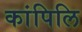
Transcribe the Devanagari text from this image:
कांपिलि